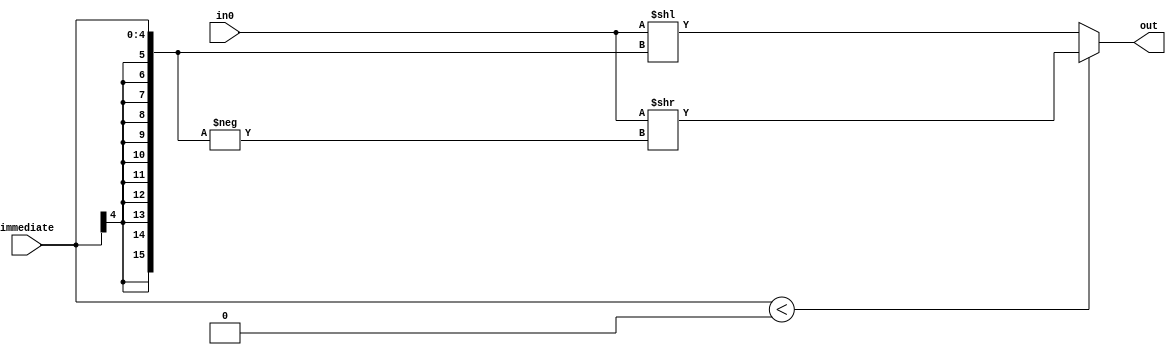

module L_ALU_7 (immediate, in0, out);

// Handles SHIFT
// Control bits: None
// Immediate bits: instruction[10:6]
// Each ALU is responsible for sign extending their own immediate

	input [4:0] immediate;
	input [15:0] in0;
	output reg [15:0] out;
	
	
	//Sign extend our 5 bit immediate (11 + original 5 = 16)
	
	wire signed [15:0] imm_extended = {{11{immediate[4]}}, immediate};
	
	 always @(*) begin
        if (imm_extended < 0) begin
            // If immediate is negative, perform right shift
            out = in0 >> -imm_extended; // We flip the negative number to a positive one
        end else begin
            // If immediate is positive, perform standard left shit
            out = in0 << imm_extended;
        end
    end
	
	
endmodule